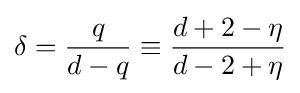
\delta ={\frac {q}{d-q}}\equiv {\frac {d+2-\eta }{d-2+\eta }}